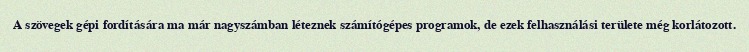
A szövegek gépi fordítására ma már nagyszámban léteznek számítógépes programok, de ezek felhasználási területe még korlátozott.